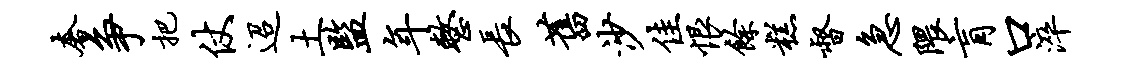
奢争把仗迢土监年整长旧沙佳恨余糕督急隈肓口淬